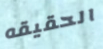
الحقيقه